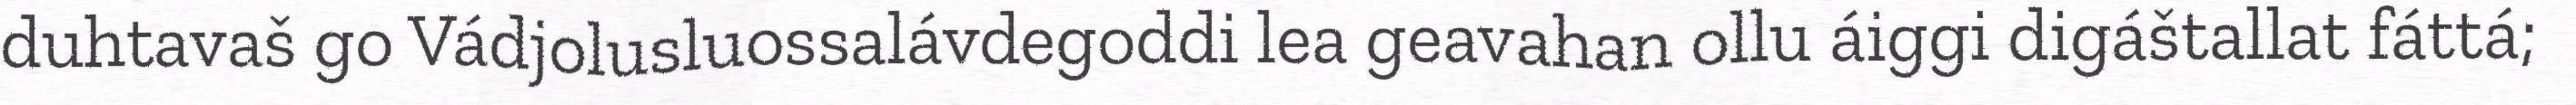
duhtavaš go Vádjolusluossalávdegoddi lea geavahan ollu áiggi digáštallat fáttá;